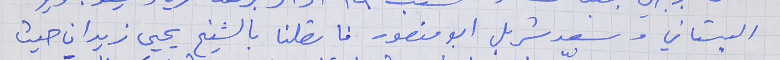
البستاني وسعد شربل ابو منصور فاتصلنا بالشيخ يحيى زيدان حيث